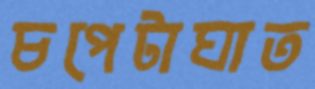
চপেটাঘাত